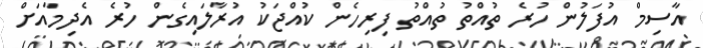
އާސިމް އުފަލުން ހުރެ ތުއްތު ތުއްތު ފިރިހެން ކުއްޖަކު އުރާލައިގެން ހުރެ އެދިމާއަށް